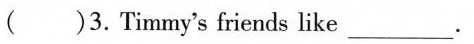
()3. Timmy'sfriends like___.